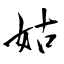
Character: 姑